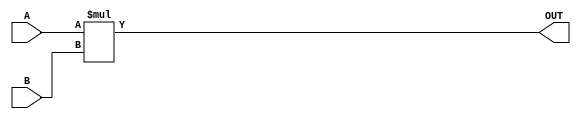
module ParameterizedMultiplier #(
    parameter WIDTH_A = 8,      // Width of input A
    parameter WIDTH_B = 8,      // Width of input B
    parameter WIDTH_OUT = WIDTH_A + WIDTH_B // Width of output
)(
    input  wire signed [WIDTH_A-1:0] A, // Input A
    input  wire signed [WIDTH_B-1:0] B, // Input B
    output reg  signed [WIDTH_OUT-1:0] OUT // Output result
);

    // Behavioral logic for multiplication
    always @(*) begin
        OUT = A * B; // Multiplication operation
    end

endmodule